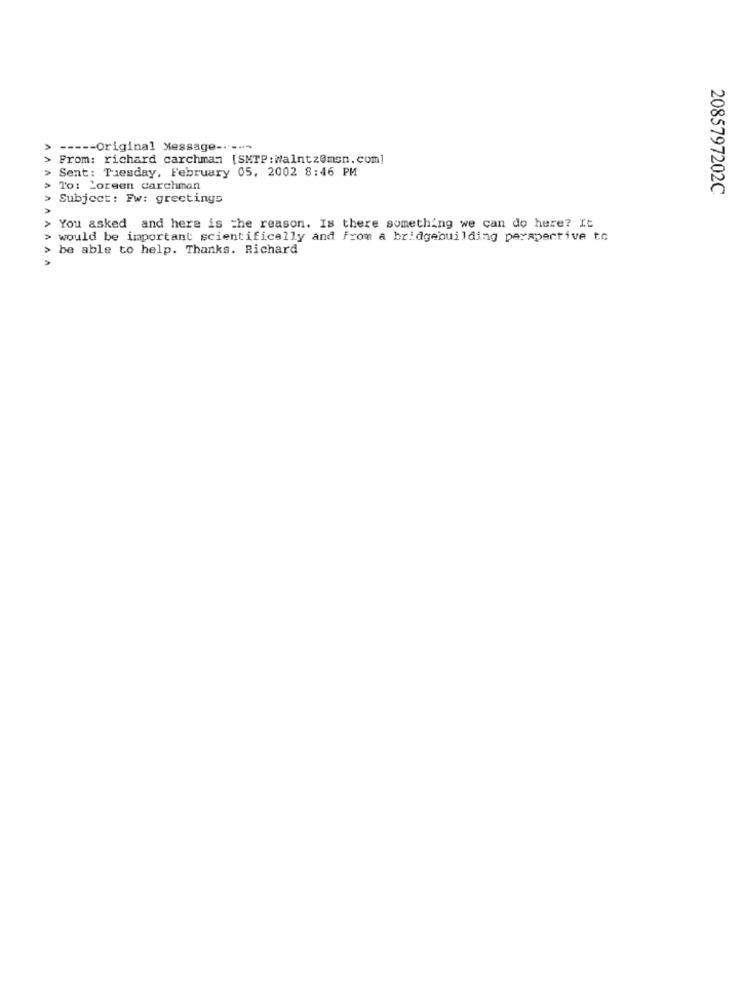
----- Original Message -----
From: richard carchman [SMTP : Walntz@msn. com]
Sent: Tuesday, February 05, 2002 8:46 PM
AANAT
To: Loreen carchman
2085797202C
Subject: Fw: greetings
You asked and here is the reason. Is there something we can do here? It
would be important scientifically and from a bridgebuilding perspective to
be able to help. Thanks. Richard